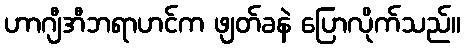
ဟာဂျီအီဘရာဟင်က ဖျတ်ခနဲ ပြောလိုက်သည်။